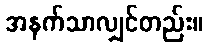
အနက်သာလျှင်တည်း။